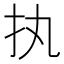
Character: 执